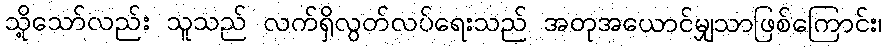
သို့သော်လည်း သူသည် လက်ရှိလွတ်လပ်ရေးသည် အတုအယောင်မျှသာဖြစ်ကြောင်း၊